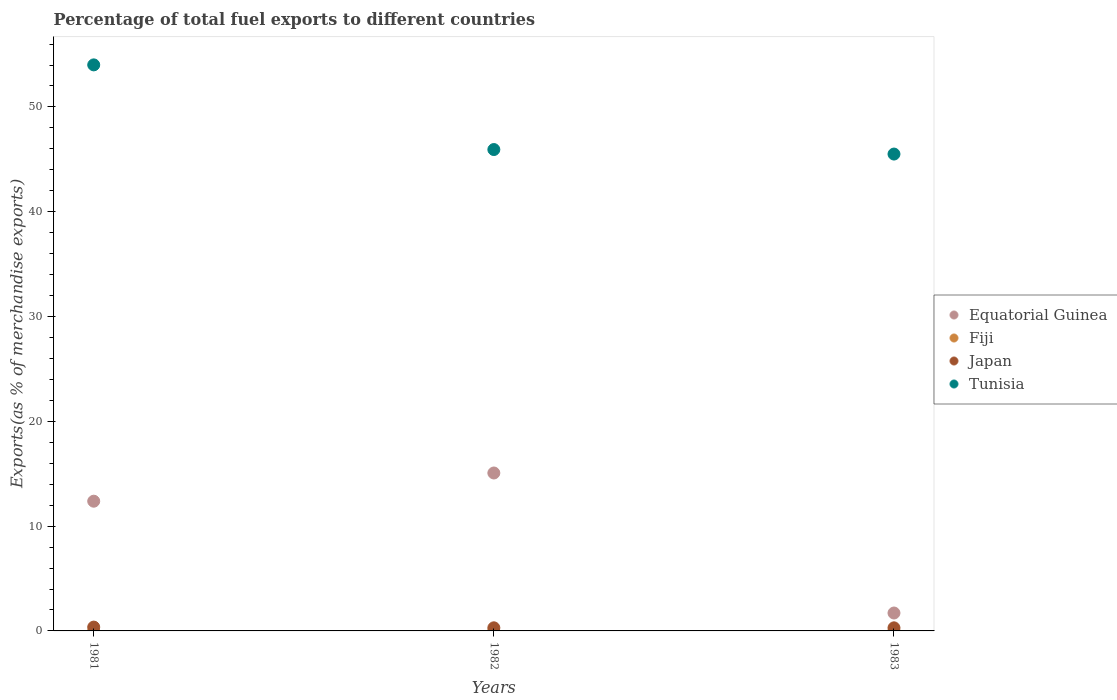
| Years | Equatorial Guinea | Fiji | Japan | Tunisia |
 | --- | --- | --- | --- | --- |
 | 1981 | 12.4 | 0.000587 | 0.365 | 54 |
 | 1982 | 15.1 | 4.97e-05 | 0.297 | 45.9 |
 | 1983 | 1.71 | 0.000363 | 0.294 | 45.5 |